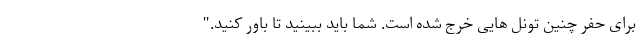
برای حفر چنین تونل هایی خرج شده است. شما باید ببینید تا باور کنید."